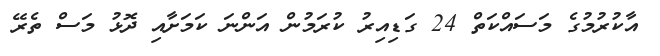
އާކުރުމުގެ މަސައްކަތް 24 ގަޑިއިރު ކުރަމުން އަންނަ ކަމަށާއި ދޮޅު މަސް ތެރޭ